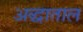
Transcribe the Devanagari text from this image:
अद्धाताल